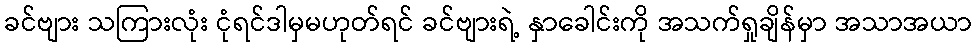
ခင်ဗျား သကြားလုံး ငုံရင်ဒါမှမဟုတ်ရင် ခင်ဗျားရဲ့ နှာခေါင်းကို အသက်ရှုချိန်မှာ အသာအယာ